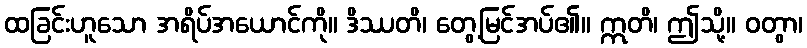
ထခြင်းဟူသော အရိပ်အယောင်ကို။ ဒိဿတိ၊ တွေ့မြင်အပ်၏။ ဣတိ၊ ဤသို့။ ဝတွာ၊